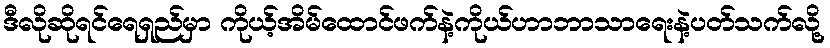
ဒီလိုဆိုရင်ရေရှည်မှာ ကိုယ့်အိမ်ထောင်ဖက်နဲ့ကိုယ်ဟာဘာသာရေးနဲ့ပတ်သက်လို့